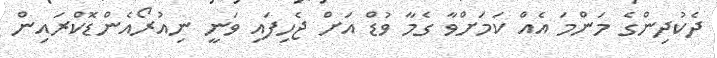
ދެކުދިންގެ މަންމަ އެއް ކަމަށްވާ ގެމާ ވުޑް އަށް ޖެހިފައި ވަނީ ނިއުރޯއެންޑޮކްރައިން